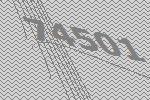
74501